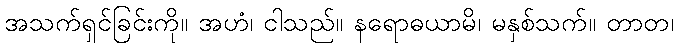
အသက်ရှင်ခြင်းကို။ အဟံ၊ ငါသည်။ နရောဓယာမိ၊ မနှစ်သက်။ တာတ၊